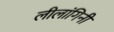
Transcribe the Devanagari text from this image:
लीलांगिनी